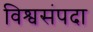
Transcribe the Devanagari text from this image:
विश्वसंपदा